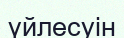
үйлесуін